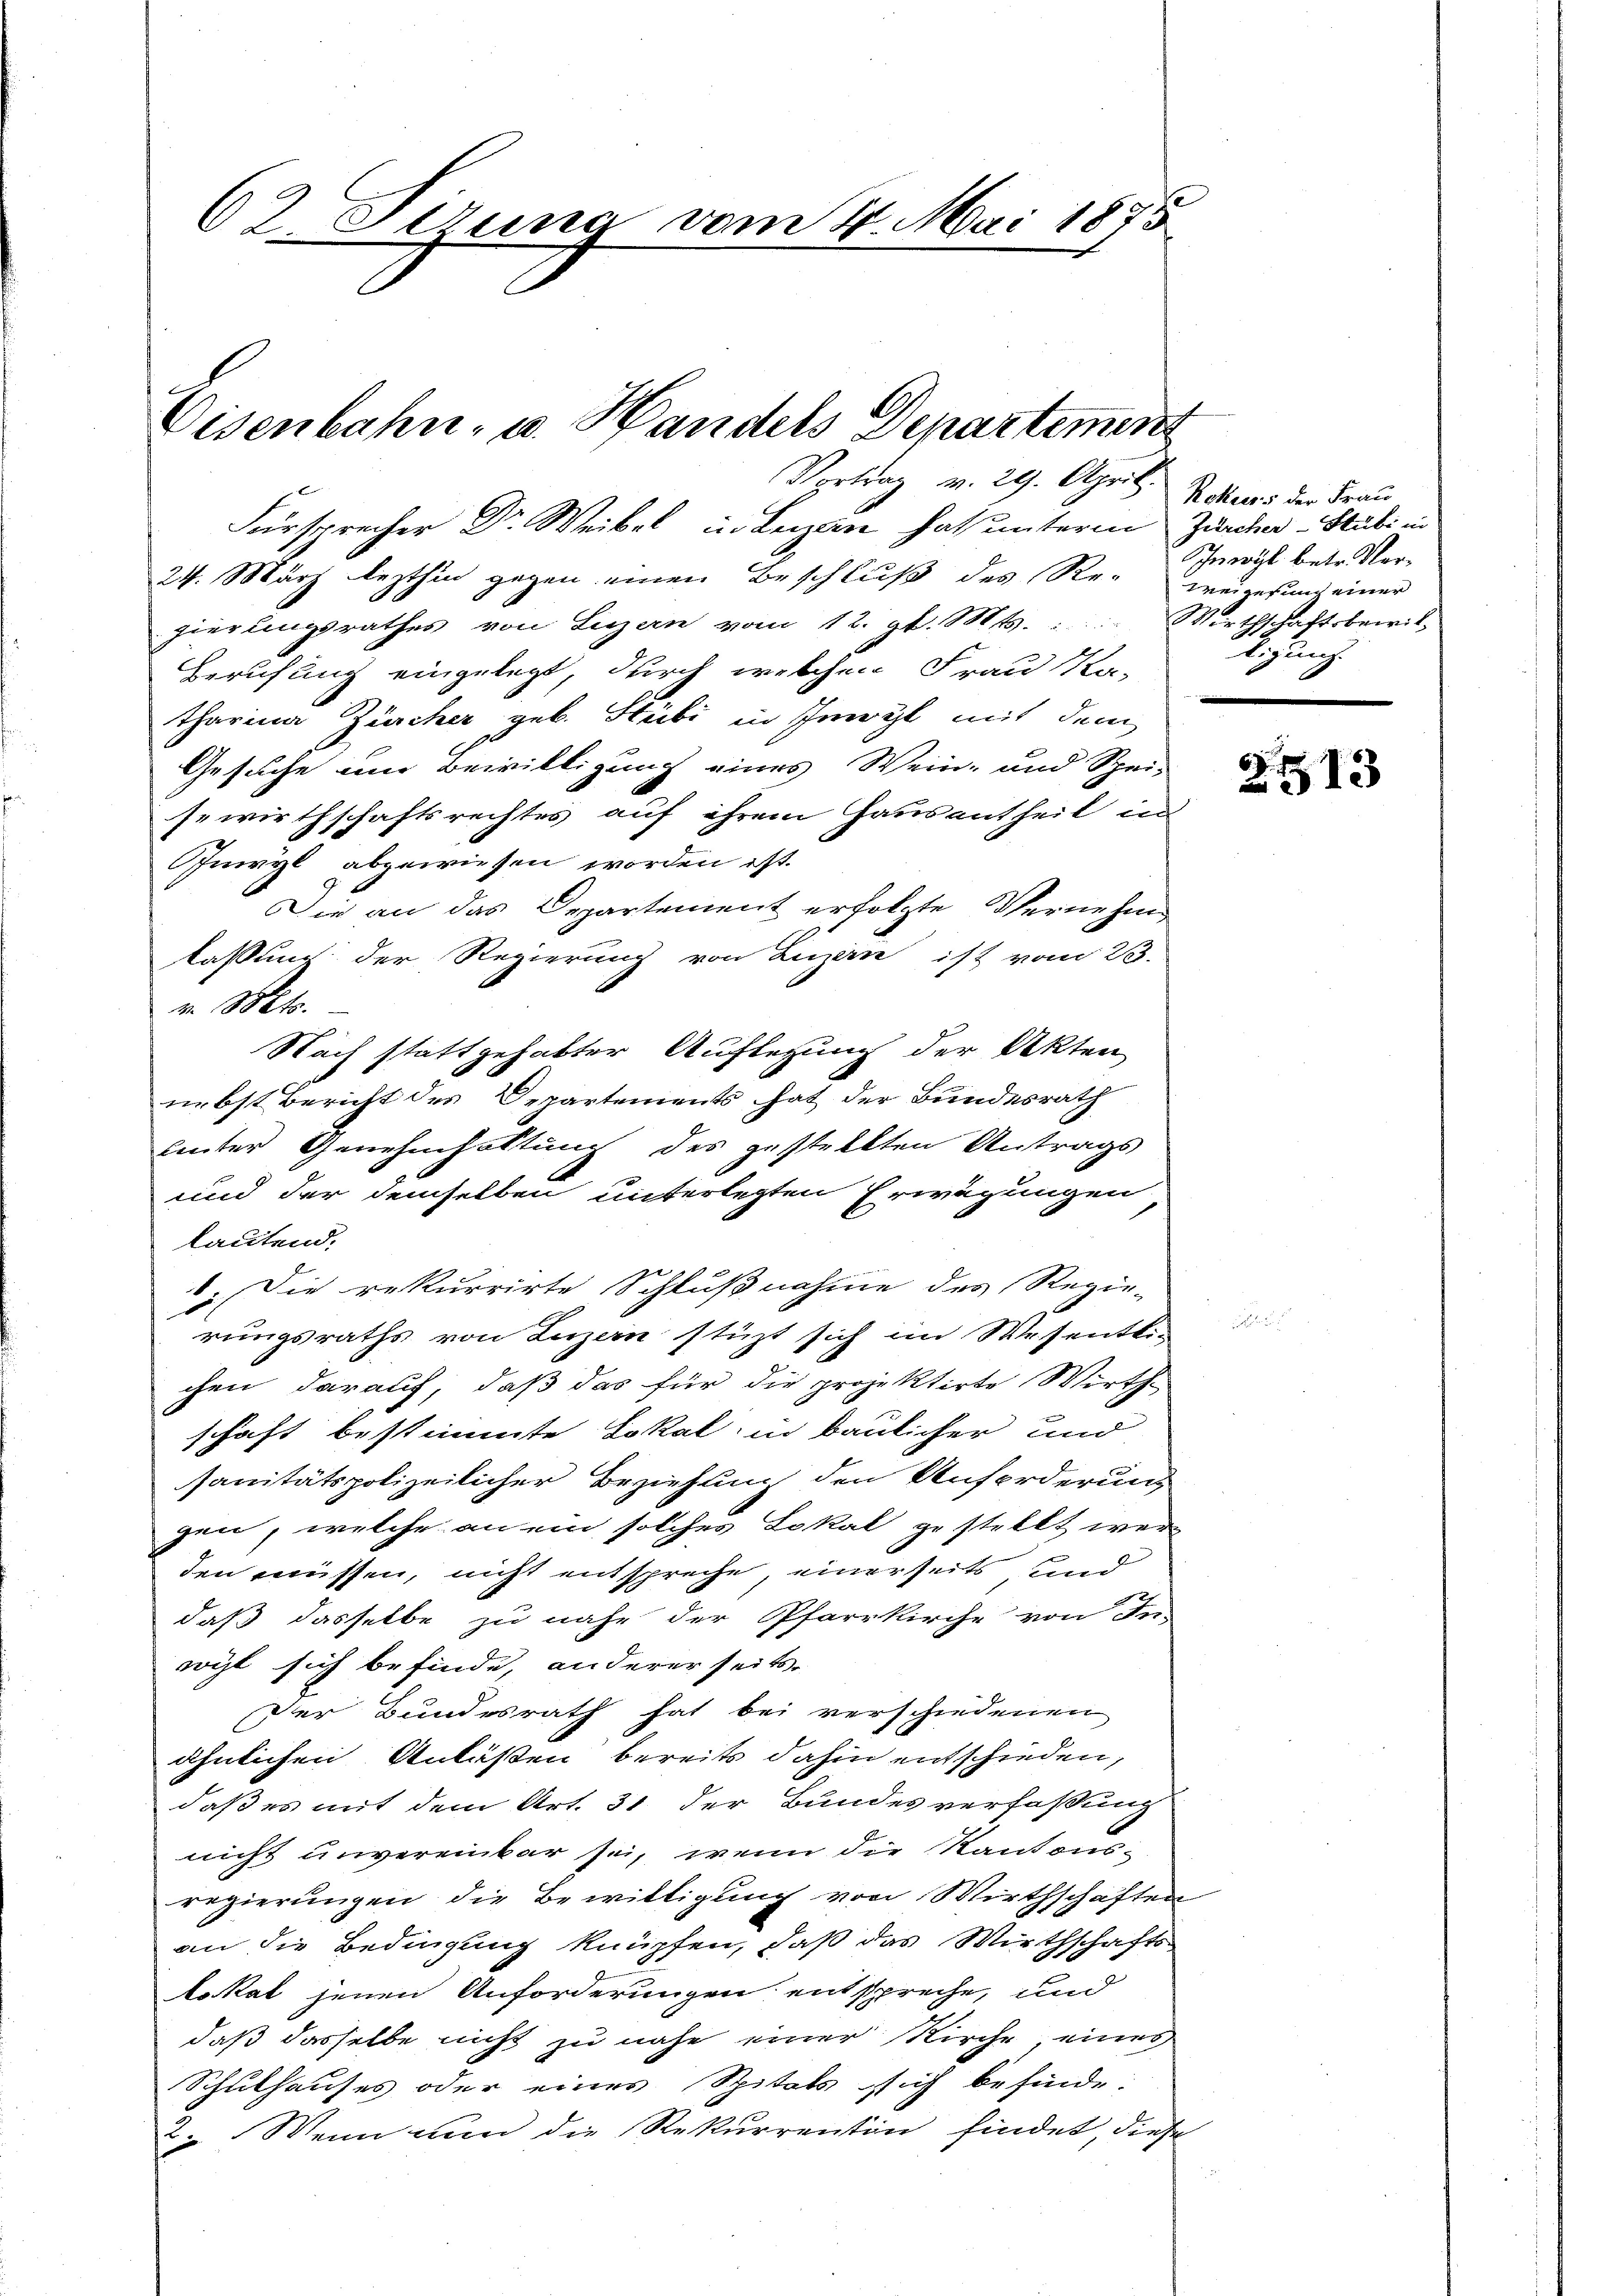
62 Sirung vom 4. Mai 1875

Eisenbahn- u. Handels Departemen

Vortrag v. 29. April.
Fürsprecher Dr. Weibel in Legen hat unterm Zucker- Stubi in
24. März lezthin gegen einen Beschluß des Re- weigerung einer
gierungsrathes von Luzern vom 12. gl. Mts. Wirthschaftsberit,
Berufung eingelegt, durch welchen Frau Ka-
tharina Zürcher geb. Hubi in Schmerzl mit dem
Gesuche um Bewilligung eines Wein- und Spei-
sewirthschaftsrechtes auf ihrem Hausantheil in
Inwyl abgewiesen worden ist.
Die an das Departement erfolgte Vernehm
lassung der Regierung von Luzern ist vom 23.
v. Mts.
Nach stattgehabter Auflegung der Akten
nebst Bericht des Departements hat der Bundesrath
hinter Genehmhaltung des gestellten Antrags
und der demselben unterlegten Erwägungen
lautend.
. Die rekurrirte Schlußnahme des Regie-
rungsraths von Luzern stüzt sich im Wesentli-
chen darauf, daß das für die projektirte Wirth-
schaft bestimmte Lokal in baulicher und
sanitätspolizeilicher Beziehung den Anforderung
gen, welche an ein solches Lokal gestellt werden müssen, nicht entspreche, einerseits und
daß dasselbe zu nahe der Pfarrkirche von In-
vogt sich befinde, andererseits-
Der Bundesrath hat bei verschiedenen
ähnlichen Anläßen bereits dahin entschieden,
daß es mit dem Art. 31 der Bundesverfaßung
nicht unvereinbar sei, wenn die Kantons-
regierungen die Bewilligung von Wirthschaften
an die Bedingung knüpfen, daß das Wirthschafts-
lokal jenen Anforderungen entspreche, und
daß dasselbe nicht zu nahe einer Kirche, eines
Schulhauses oder eines Spitals sich befinde-
2. Wenn nun die Rekurrentin findet, diese

Rohuss der Frau
Schmerzl. betr. Vorunch

6
513